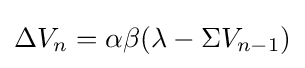
\Delta V_{n}=\alpha \beta (\lambda -\Sigma V_{n-1})